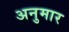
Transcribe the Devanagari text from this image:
अनुमार